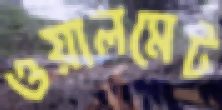
ওয়ালমেট